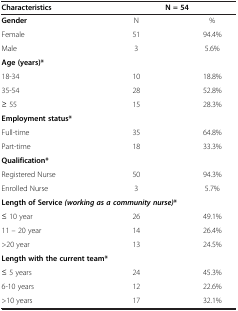
| Characteristics | <COLSPAN=2> N = 54 |
 | --- | --- | --- |
 | Gender | N | % |
 | Female | 51 | 94.4% |
 | Male | 3 | 5.6% |
 | <COLSPAN=3> Age (years)* |
 | 18-34 | 10 | 18.8% |
 | 35-54 | 28 | 52.8% |
 | ≥ 55 | 15 | 28.3% |
 | <COLSPAN=3> Employment status* |
 | Full-time | 35 | 64.8% |
 | Part-time | 18 | 33.3% |
 | <COLSPAN=3> Qualification* |
 | Registered Nurse | 50 | 94.3% |
 | Enrolled Nurse | 3 | 5.7% |
 | <COLSPAN=3> Length of Service(working as a community nurse)* |
 | ≤ 10 year | 26 | 49.1% |
 | 11 – 20 year | 14 | 26.4% |
 | >20 year | 13 | 24.5% |
 | <COLSPAN=3> Length with the current team* |
 | ≤ 5 years | 24 | 45.3% |
 | 6-10 years | 12 | 22.6% |
 | >10 years | 17 | 32.1% |